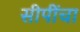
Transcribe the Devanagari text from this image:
सीपींचा